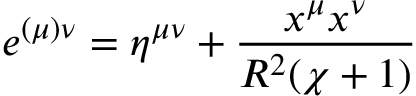
e ^ { ( \mu ) \nu } = \eta ^ { \mu \nu } + \frac { x ^ { \mu } x ^ { \nu } } { R ^ { 2 } ( \chi + 1 ) }